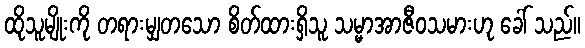
ထိုသူမျိုးကို တရားမျှတသော စိတ်ထားရှိသူ သမ္မာအာဇီဝသမားဟု ခေါ် သည်။